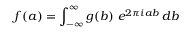
f ( a ) = \int _ { - \infty } ^ { \infty } g ( b ) \ e ^ { 2 \pi i a b } \, d b